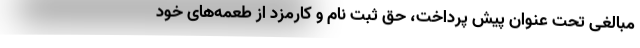
مبالغی تحت عنوان پیش پرداخت، حق ثبت نام و کارمزد از طعمه‌های خود